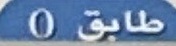
طابق 0